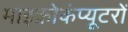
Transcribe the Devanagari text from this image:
माइक्रोकंप्यूटरों